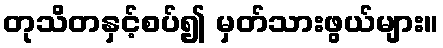
တုသိတနှင့်စပ်၍ မှတ်သားဖွယ်များ။